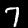
Label: 7